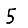
Digit: 5